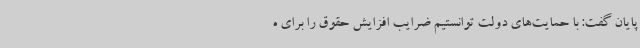
پایان گفت: با حمایت‌های دولت توانستیم ضرایب افزایش حقوق را برای ه